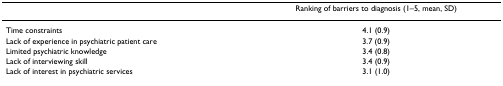
<table><thead><tr><td></td><td><b>Ranking of barriers to diagnosis (1–5, mean, SD)</b></td></tr></thead><tbody><tr><td>Time constraints</td><td>4.1 (0.9)</td></tr><tr><td>Lack of experience in psychiatric patient care</td><td>3.7 (0.9)</td></tr><tr><td>Limited psychiatric knowledge</td><td>3.4 (0.8)</td></tr><tr><td>Lack of interviewing skill</td><td>3.4 (0.9)</td></tr><tr><td>Lack of interest in psychiatric services</td><td>3.1 (1.0)</td></tr></tbody></table>